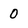
Character: 0